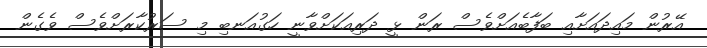
އޭރުން މައިދައަށާއި ބަފާބެއަށްވެސް ރަން ޅީ ދަރިއަކަށްވާނީ ހަގުއަނބި މި ސަރުކާރަށްވެސް ވެގެން